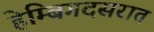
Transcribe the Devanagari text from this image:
हेम्बिगदसरात